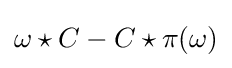
\omega \star C-C\star \pi (\omega )